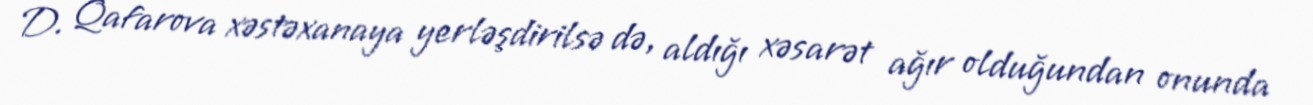
D. Qafarova xəstəxanaya yerləşdirilsə də, aldığı xəsarət ağır olduğundan onunda